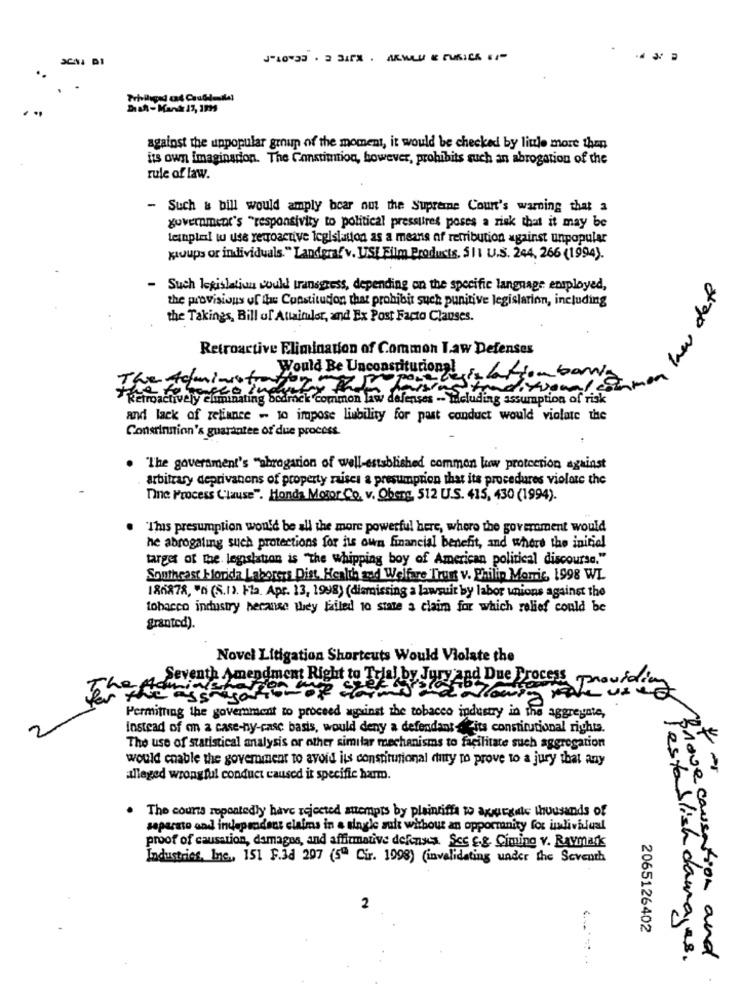
against the unpopular group of the moment, it would be checked by little more then
its own Imagination. The Constitution, however, prohibits such an abrogation of the
rule of law.
- Such & bill would amply bear out the Supreme Court's warning that a
government's "responsivity to political pressures poses a risk that it may be
tesuplesi tu use retroactive legislation as a means of retribution against unpopular
kauups or individuals. " Landgraf v. USI Film Products, 511 U.S. 244, 266 (1994).
low def
- Such legislatiun could transgress, depending on the specific language employed,
the provisions of the Constitution that prohibit such punitive legislarinn, including
the Takings, Bill of Altaimler, and Ex Post Facto Clauses.
Retroactive Elimination of Common Law Defenses
Would Be Unconstitutional
amon
I've toministreto
Retroactively eliminating bodrock common law defenses - Weluding assumption of risk
and lack of reliance - to impose liability for past conduct would violate the
Consrinninn's guarantee of due process.
. "The government's "abrogation of well-established common law protection against
arbitrary deprivanens of property raises a presumption that its procedures violate the
Tine Process Clause". Honda Motor Co. v. Oberg, 512 U.S. 415, 430 (1994).
"This presumption would be all the more powerful here, where the government would
he abrogaling such protections for its own financial benefit, and where the initial
target of the legislation is "The whipping boy of American political discourse."
Southeast blorida Laborers Dist, Health and Welfare Trust v. Philip Morris, 1998 WL
186878, n (5.1). Fta. Apr. 13, 1998) (dismissing a lawsuit by labor unions against the
tobacco industry because they failed 10 state a claim for which relief could be
granted).
Novel Litigation Shortcuts Would Violate the
Seventh Amendment Right to Trial by Jury and Due Process
providion
Permitting the government to proceed against the tobacco industry in the aggregate,
Instead of on a case-ny-case basis, would deny a defendant its constitutional rights.
at
The use of statistical analysis or other similar mechanisms to facilitate such aggregation
would enable the goverment to avoid its constitutional duty to prove to a jury that any
alleged wrongful conduct caused it specific harm.
. The courts repeatedly have rejected attempts by plaintiffa wo agurgale thousands of
separato and independent claims in a single sult without an opportunity for individual
proof of causation, damages, and affirmative defenses. Sec E.g. Ciming v. Ravmark
Industries, Inc ., 151 F.3d 297 (5ª Cir. 1998) (invalidating under the Seventh
2
2065126402
lestablish damay
Brave causation and